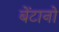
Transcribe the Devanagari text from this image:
बेंटानो